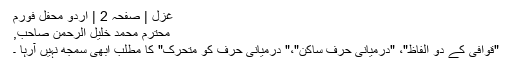
غزل | صفحہ 2 | اردو محفل فورم
محترم محمد خلیل الرحمٰن صاحب,
"قوافی کے دو الفاظ"، "درمیانی حرف ساکن"،" درمیانی حرف کو متحرک" کا مطلب ابھی سمجھ نہیں آرہا ۔